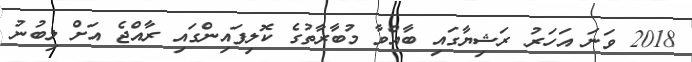
2018 ވަނަ އަހަރު ރަޝިޔާގައި ބާއްވާ މުބާރާތުގެ ކޮލިފައިންގައި ރާއްޖެ އަށް ލިބުނު